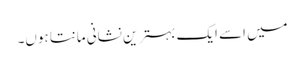
میں اسے ایک بہترین نشانی مانتا ہوں۔